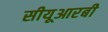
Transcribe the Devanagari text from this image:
सीयूआरबी